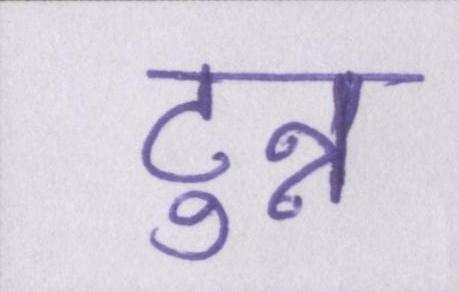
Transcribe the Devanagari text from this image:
टुन्न